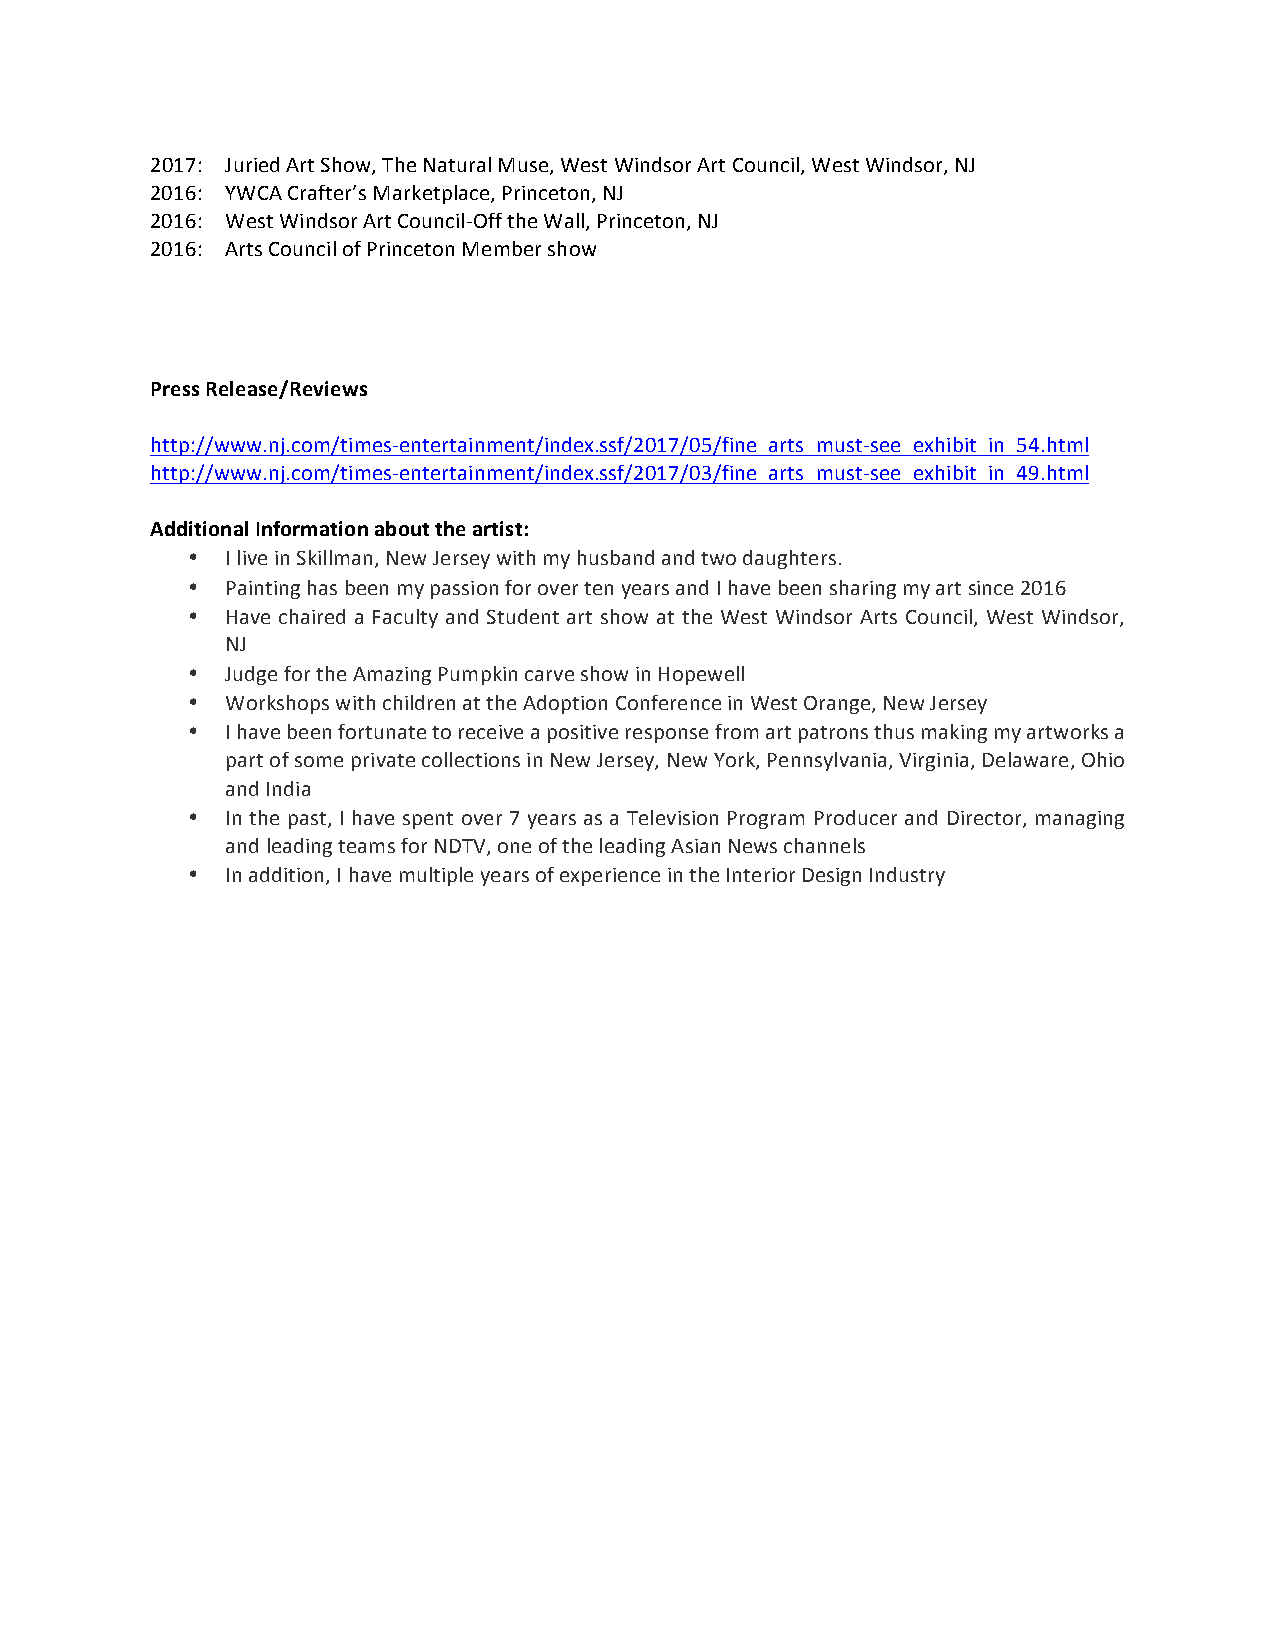
2017: Juried Art Show, The Natural Muse, West Windsor Art Council, West Windsor, NJ
 2016: YWCA Crafter’s Marketplace, Princeton, NJ
 2016: West Windsor Art Council-Off the Wall, Princeton, NJ
 2016: Arts Council of Princeton Member show
 Press Release/Reviews
 http://www.nj.com/times-entertainment/index.ssf/2017/05/fine_arts_must-see_exhibit_in_54.html
 http://www.nj.com/times-entertainment/index.ssf/2017/03/fine_arts_must-see_exhibit_in_49.html
 Additional Information about the artist:
 •  I live in Skillman, New Jersey with my husband and two daughters.
 •  Painting has been my passion for over ten years and I have been sharing my art since 2016
 •  Have chaired a Faculty and Student art show at the West Windsor Arts Council, West Windsor,
 NJ
 •  Judge for the Amazing Pumpkin carve show in Hopewell
 •  Workshops with children at the Adoption Conference in West Orange, New Jersey
 •  I have been fortunate to receive a positive response from art patrons thus making my artworks a
 part of some private collections in New Jersey, New York, Pennsylvania, Virginia, Delaware, Ohio
 and India
 •  In the past, I have spent over 7 years as a Television Program Producer and Director, managing
 and leading teams for NDTV, one of the leading Asian News channels
 •  In addition, I have multiple years of experience in the Interior Design Industry